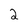
Character: 2